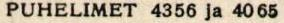
PUHELIMET 4356 ja 4065